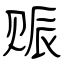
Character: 赈